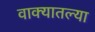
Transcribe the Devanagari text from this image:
वाक्यातल्या